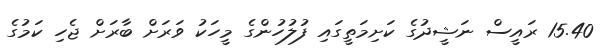
15.40 ރައީސް ނަޝީދުގެ ކަށިމަތީގައި ފުލުހުންގެ މީހަކު ވަރަށް ބާރަށް ޖެހި ކަމުގެ